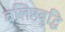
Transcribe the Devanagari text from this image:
बलिष्ठबुद्धि